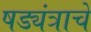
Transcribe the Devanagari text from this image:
षड्यंत्राचे